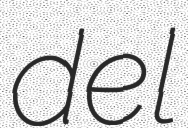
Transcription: del